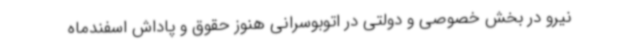
نیرو در بخش خصوصی و دولتی در اتوبوسرانی هنوز حقوق و پاداش اسفندماه